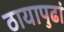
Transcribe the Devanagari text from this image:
ठायापुढां